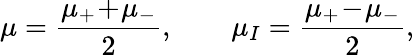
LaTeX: \mu=\frac{\mu_{+}\! +\! \mu_{-}}{2},\qquad\mu_{I}=\frac{\mu_{+}\! -\! \mu_{-}}{2},